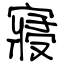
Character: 寢